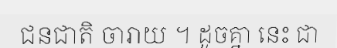
ជនជាតិ ចារាយ ។ ដូចគ្នា នេះ ជា